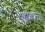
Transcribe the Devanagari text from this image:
शरणांचा